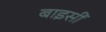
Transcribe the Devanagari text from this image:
बाइसीं